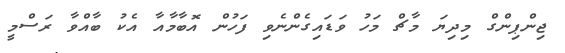
ޖިންޕިންގް މިދިޔަ މާޗް މަހު ވަޑައިގެންނެވި ފަހުން އޮބާމާއާ އެކު ބާއްވާ ރަސްމީ